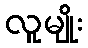
လူမျိုး